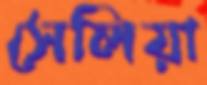
সেলিয়া